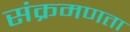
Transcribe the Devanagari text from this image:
संक्रमणता